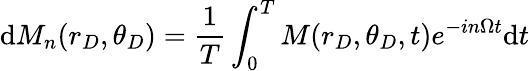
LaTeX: \mathrm{d}M_{n}(r_{D},\theta_{D})=\frac{1}{T}\int_{0}^{T}M(r_{D},\theta_{D},t)e^{-in\Omega t}\mathrm{d}t